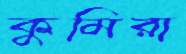
কুমিরা